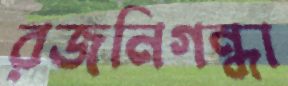
রজনিগন্ধা